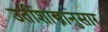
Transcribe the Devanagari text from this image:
उतीशास्त्रानुसार